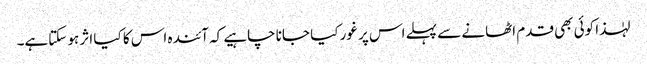
لہٰذا کوئی بھی قدم اٹھانے سے پہلے اس پر غور کیا جانا چاہیے کہ آئندہ اس کا کیا اثر ہو سکتاہے۔